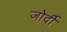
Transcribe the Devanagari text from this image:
जोर्दी